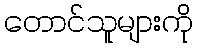
တောင်သူများကို